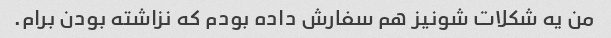
من یه شکلات شونیز هم سفارش داده بودم که نزاشته بودن برام.